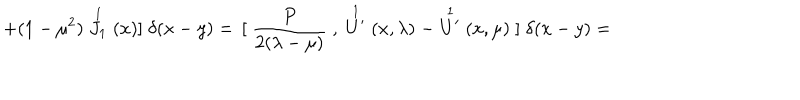
LaTeX: + ( 1 - \mu ^ { 2 } ) \stackrel { 1 } { J _ { 1 } } ( x ) { ] } \; \delta ( x - y ) = \, { [ } \; \frac { P } { 2 ( \lambda - \mu ) } \; , \; \stackrel { 1 } { U ^ { \prime } } ( x , \lambda ) \; - \stackrel { 1 } { U ^ { \prime } } ( x , \mu ) \; { ] } \; \delta ( x - y ) =